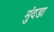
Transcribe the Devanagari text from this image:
मुंदडा